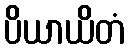
ပိယာယိတံ